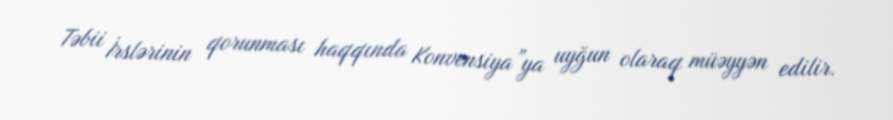
Təbii İrslərinin qorunması haqqında Konvensiya”ya uyğun olaraq müəyyən edilir.